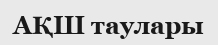
АҚШ таулары